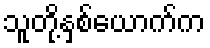
သူတို့နှစ်ယောက်က